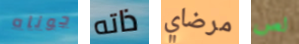
جوناه ذاته مرضاي لص